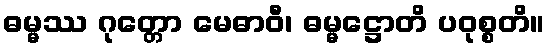
ဓမ္မဿ ဂုတ္တော မေဓာဝီ၊ ဓမ္မဋ္ဌောတိ ပဝုစ္စတိ။